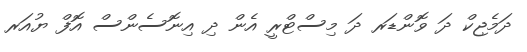
ދަމެޖިކް ދަ ވޮންޑަރ ދަ މިސްޓްރީ އެން ދި އިނޮސެންސް އޮފް ޔުއަރ